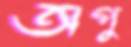
অপু